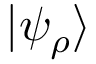
| \psi _ { \rho } \rangle